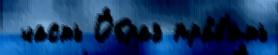
 часть О́браз пра́в'ить